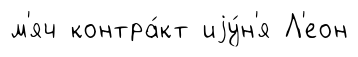
м'яч контра́кт иjу́н'я Л'еон